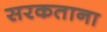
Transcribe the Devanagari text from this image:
सरकताना